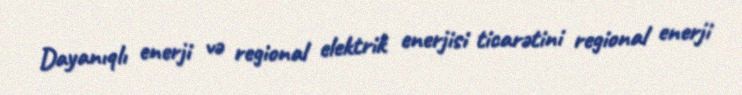
Dayanıqlı enerji və regional elektrik enerjisi ticarətini regional enerji